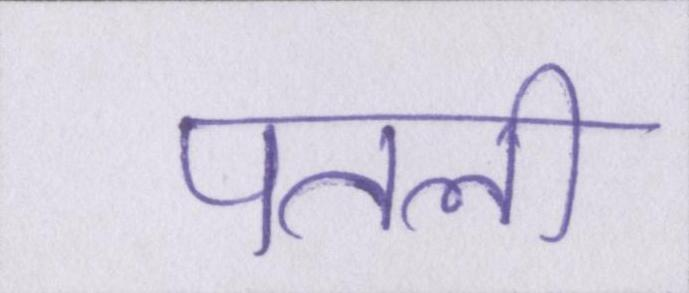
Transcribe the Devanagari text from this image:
पतली